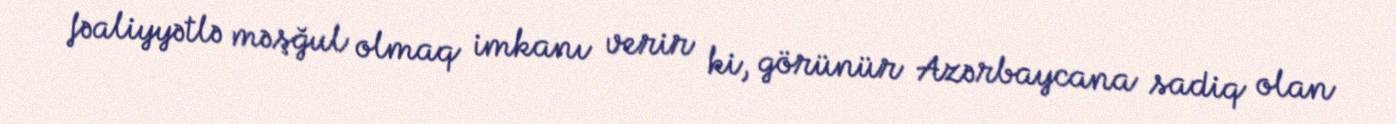
fəaliyyətlə məşğul olmaq imkanı verir ki, görünür Azərbaycana sadiq olan